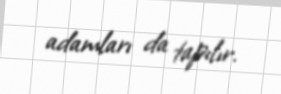
adamları da tapılır.